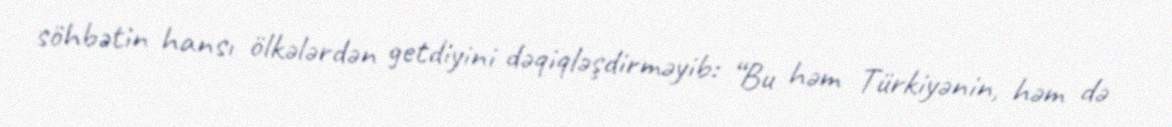
söhbətin hansı ölkələrdən getdiyini dəqiqləşdirməyib: “Bu həm Türkiyənin, həm də